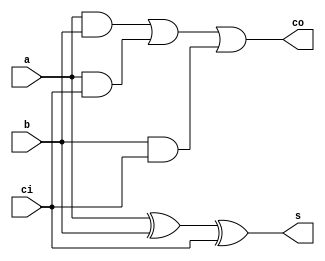
module full_adder(
    a,
    b,
    ci,
    s,
    co
);
//define inputs
input a;
input b;
input ci;
//define outputs
output s;
output co;
//data type of ports
reg s;
reg co;
wire a;
wire b;
wire ci;
//Code starts here
always @(*) begin
s = a^b^ci;
co = (a&b)|(a&ci)|(b&ci);
end
endmodule